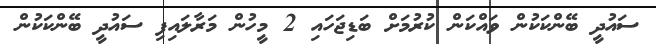
ސައުދީ ބޭންކަކުން ވައްކަން ކުރުމަށް ބަޑިޖަހައި 2 މީހުން މަރާލައިފި ސައުދީ ބޭންކަކުން